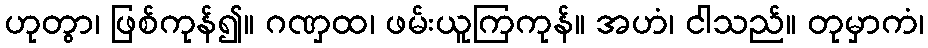
ဟုတွာ၊ ဖြစ်ကုန်၍။ ဂဏှထ၊ ဖမ်းယူကြကုန်။ အဟံ၊ ငါသည်။ တုမှာကံ၊